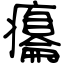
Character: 癟